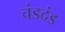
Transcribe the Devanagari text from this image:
चंडदंड